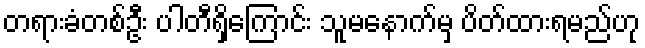
တရားခံတစ်ဦး ပါတီရှိကြောင်း သူမနောက်မှ ပိတ်ထားရမည်ဟု